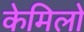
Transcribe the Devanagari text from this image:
केमिलो